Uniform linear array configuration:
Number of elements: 64
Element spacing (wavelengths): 1
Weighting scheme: uniform
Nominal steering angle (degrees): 30
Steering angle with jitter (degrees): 31.654
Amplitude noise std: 0.05
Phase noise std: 0.05

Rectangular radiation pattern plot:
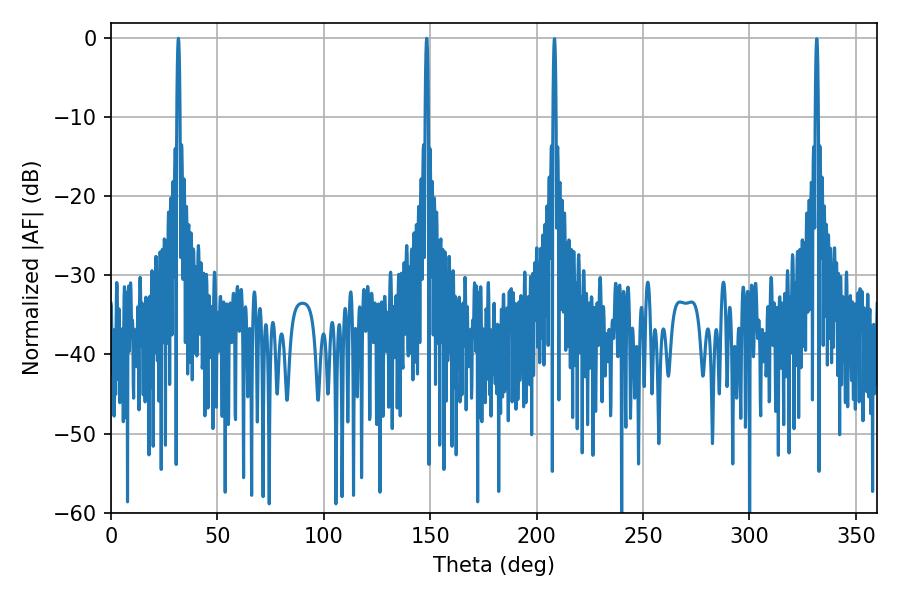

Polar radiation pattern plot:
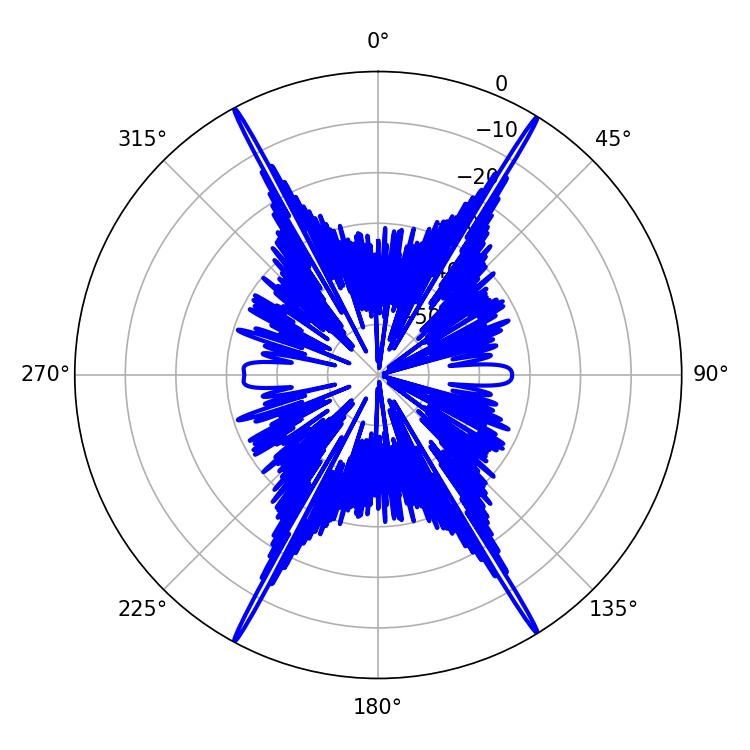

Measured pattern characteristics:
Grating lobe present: TRUE
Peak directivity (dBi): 29.366
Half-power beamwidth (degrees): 0.72
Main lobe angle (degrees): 148.32